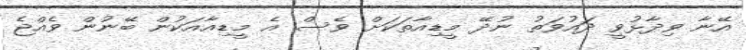
އޭނާ ވިދާޅުވީ ދައުވަތު ނުދޭ މީޑިއާތަކަށް ވެސް އެ މީޑިއާއަކުން ބޭނުން ވެއްޖެ